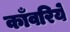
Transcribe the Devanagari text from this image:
काँवरिये